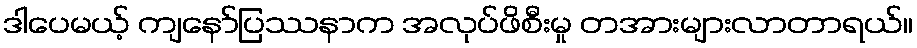
ဒါပေမယ့် ကျနော်ပြဿနာက အလုပ်ဖိစီးမှု တအားများလာတာရယ်။